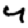
Digit: 4